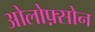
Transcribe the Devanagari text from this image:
ओलोफ़्सोन